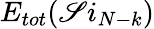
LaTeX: E_{tot}(\mathscr{S}i_{N-k})